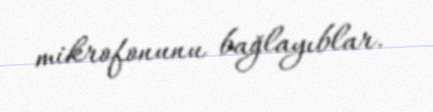
mikrofonunu bağlayıblar.